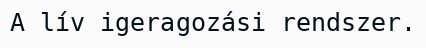
A lív igeragozási rendszer.